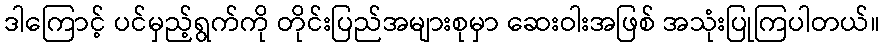
ဒါကြောင့် ပင်မှည့်ရွက်ကို တိုင်းပြည်အများစုမှာ ဆေးဝါးအဖြစ် အသုံးပြုကြပါတယ်။